Leprosy in India: report of the Leprosy Commission in India, 1890-91
Year: 1890
Disease focus: Leprosy
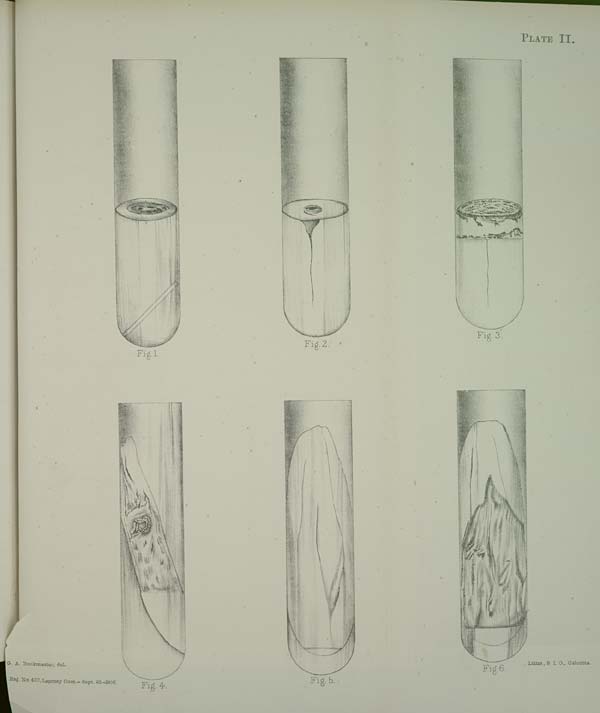
PLATE II.
G. A. Buckmaster, del.
Reg. No. 420, Leprosy Com.- Sept. 92.-1000.
Litho., S I. O., Calcutta.